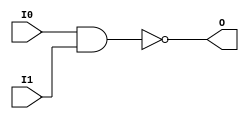
// This program was cloned from: https://github.com/jhshi/openofdm
// License: Apache License 2.0

// $Header: /devl/xcs/repo/env/Databases/CAEInterfaces/verunilibs/data/unisims/NAND2.v,v 1.6 2007/05/23 21:43:39 patrickp Exp $
///////////////////////////////////////////////////////////////////////////////
// Copyright (c) 1995/2004 Xilinx, Inc.
// All Right Reserved.
///////////////////////////////////////////////////////////////////////////////
//   ____  ____
//  /   /\/   /
// /___/  \  /    Vendor : Xilinx
// \   \   \/     Version : 10.1
//  \   \         Description : Xilinx Functional Simulation Library Component
//  /   /                  2-input NAND Gate
// /___/   /\     Filename : NAND2.v
// \   \  /  \    Timestamp : Thu Mar 25 16:42:56 PST 2004
//  \___\/\___\
//
// Revision:
//    03/23/04 - Initial version.
//    05/23/07 - Changed timescale to 1 ps / 1 ps.

`timescale  1 ps / 1 ps


module NAND2 (O, I0, I1);

    output O;

    input  I0, I1;

    nand A1 (O, I0, I1);


endmodule